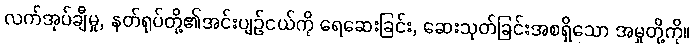
လက်အုပ်ချီမှု, နတ်ရုပ်တို့၏အင်းပျဉ်ငယ်ကို ရေဆေးခြင်း, ဆေးသုတ်ခြင်းအစရှိသော အမှုတို့ကို။